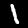
Label: 1